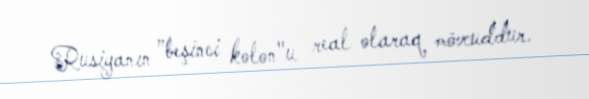
Rusiyanın ”beşinci kolon"u real olaraq mövcuddur.